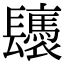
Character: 𨳀